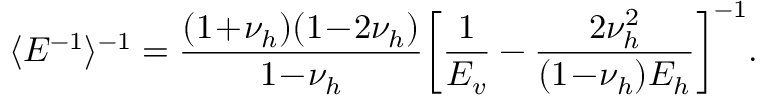
\langle E ^ { - 1 } \rangle ^ { - 1 } = \frac { ( 1 \! + \! \nu _ { h } ) ( 1 \! - \! 2 \nu _ { h } ) } { 1 \! - \! \nu _ { h } } \biggl [ \frac { 1 } { E _ { v } } - \frac { 2 \nu _ { h } ^ { 2 } } { ( 1 \! - \! \nu _ { h } ) E _ { h } } \biggr ] ^ { - 1 } .